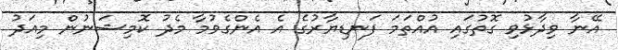
އޭނާ ވިދާޅުވި ގޮތުގައި އުއްތަމަ ފަނޑިޔާރުގެ އެ އެންގެވުމާ މެދު ކޮމިޝަނުން މިއަދު